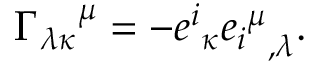
{ \Gamma _ { \lambda \kappa } } ^ { \mu } = - { e ^ { i } } _ { \kappa } { { { e _ { i } } ^ { \mu } } } _ { , \lambda } .